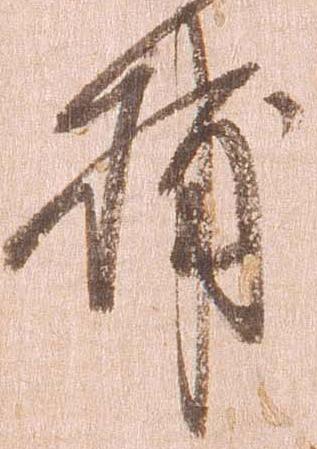
捕